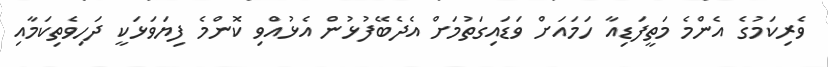
ވެރިކަމުގެ އެންމެ މަތީފަޑިއާ ހަމައަށް ވަޑައިގަތުމަށް އެދެބޭފުޅުން އެޅުއްވި ކޮންމެ ފިޔަވަޅަކީ ދަހިވެތިކަމާއި